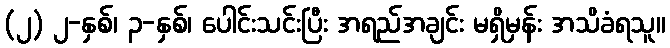
(၂) ၂-နှစ်၊ ၃-နှစ်၊ ပေါင်းသင်းပြီး အရည်အချင်း မရှိမှန်း အသိခံရသူ။